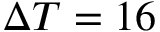
\Delta T = 1 6